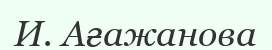
И. Ағажанова